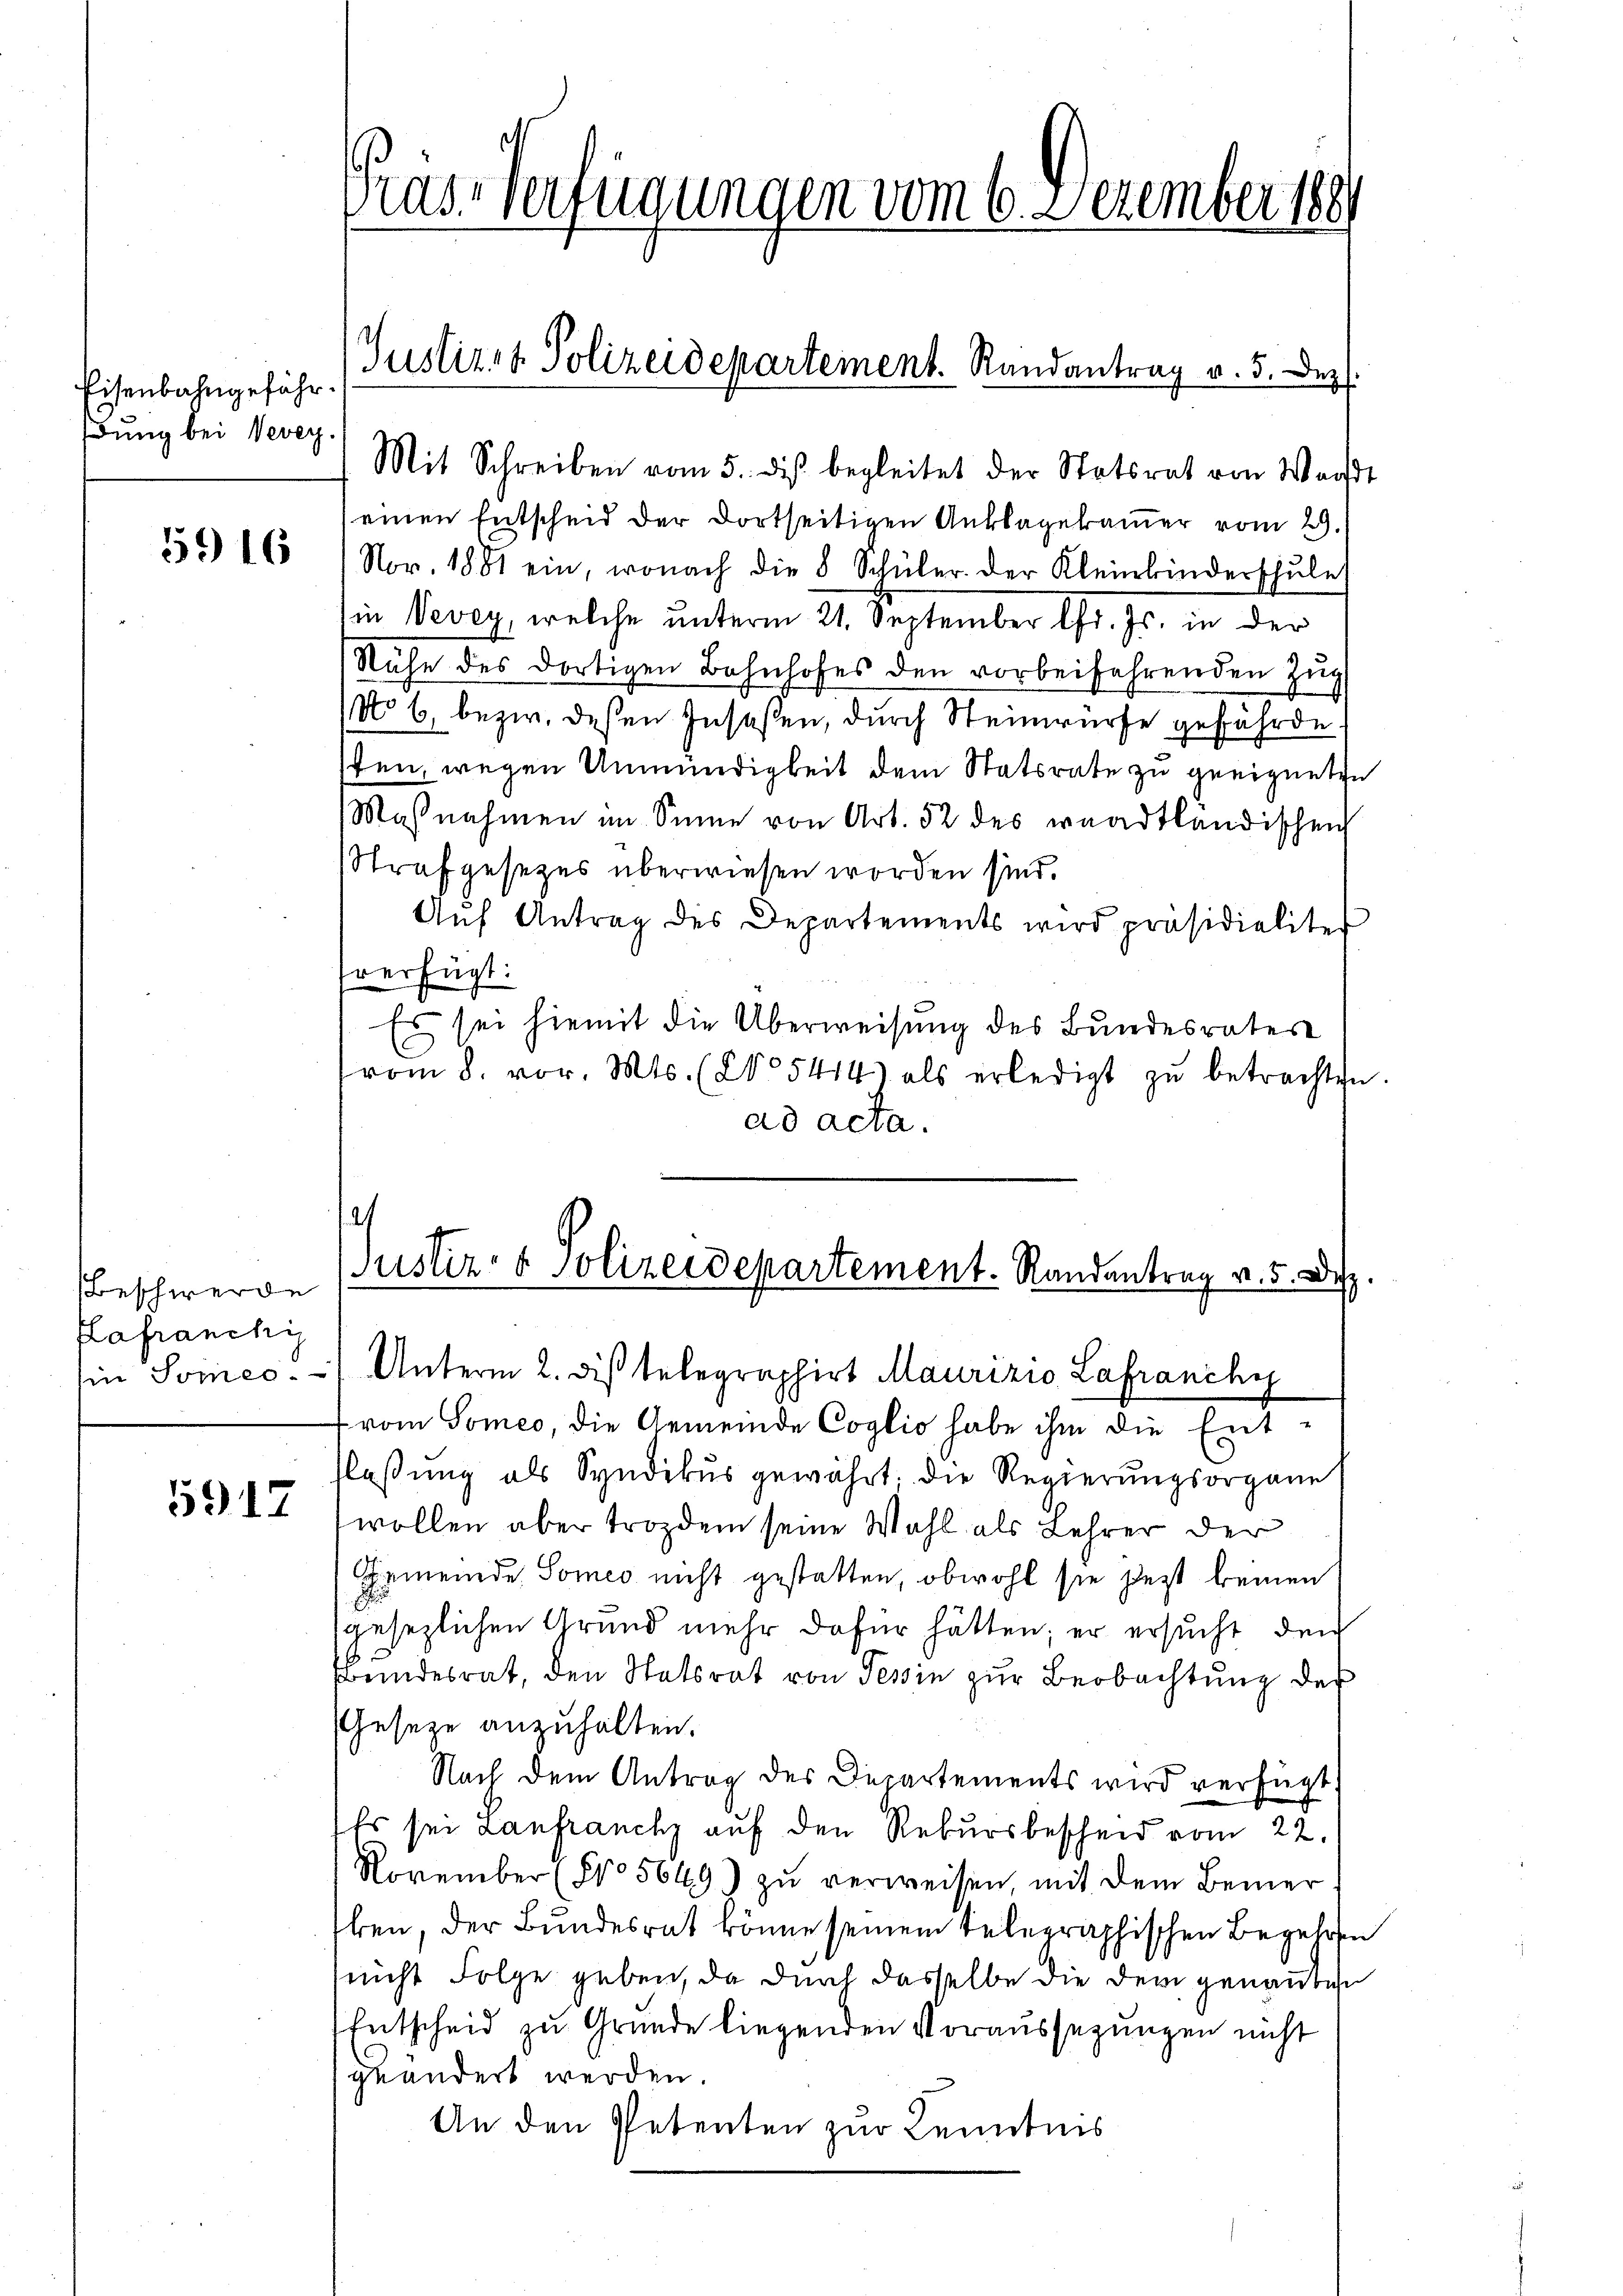
Eisenbahngeführ¬
Edung bei Vevey.

5916

Beschwerde
Kafranchi
in Somer.

5917

ras-Verfügungen vom 6. Dezember 188

einen Entscheid der dortseitigen Anklagekammer vom 29.
Nov. 1881 ein, wonach die 8 Schüler. Der Kleinbinderschŭle
(in Vevey, welche unterm 21. September lfd. Js. in der
Nähe des dortigen Bahnhofes den vorbeiführenden Zŭg
No 6. bezw. deßen Insassen, durch Steinwürfe gefährde,
ten, wegen Unmündigkeit dem Statsrate zu geeigneten
Maßnahmen im Sinne von Art. 52 des waadtländischen
Strafgesezes überwiesen worden sind.
Aŭf Antrag des Departements wird präsidialiter
verfügt:
Es sei hiemit die Überweisung des Bundesrates
vom 8. vor. Mts. (No 5414) als erledigt zŭ betrachten
ad acta.
1
Justiz- & Polizeidepartement. Randantrag v. 5. Dez
Unterm 2. diß telegraphirt Maurizio Lafranchi
vom Someo, die Gemeinde Coglio habe ihm die Ent-
laßung als Syndikus gewährt. Die Regierŭngsorgane
wollen aber trozdem seine Wahl als Lehrer der
Gemeinde Someo nicht gestatten, obwohl sie jezt keinen
gesezlichen Grund mehr dafür hätten; er ersucht den
Bundesrat, den Statsrat von Tessin zur Beobachtung der
Geseze anzuhalten.
Nach dem Antrag des Departements wird verfügt:
Es sei Lanfrauch auf den Rekursbescheid vom 22.
November (Pro 5649) zu verweisen mit dem Bemer
ben, der Bundesrat könne seinem telegraphischen Begehre
nicht Folge geben, da durch dasselbe die dem genantiche
Entscheid zu Grunde liegenden Voraussezungen nicht
geändert werden.
An den Petenten zur Kenntnis

Justiret Polizeidepartement. Randantrag v. 5. Dez.
Mit Schreiben vom 5. diβ begleitet der Statsrat von Wand